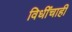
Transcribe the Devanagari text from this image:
विधींचाही